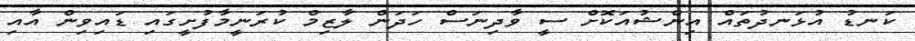
ކަނޑު އުޅަނދުތައް އިންޝުއަކޮށް ސީ ވާދިނަސް ހަދަން ލާޒިމް ކުރަނީމާފުށީގައި ޑައިވިން އާއި